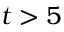
t > 5